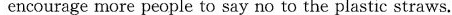
encourage more people to say no to the plastic straws.